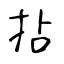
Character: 拈